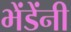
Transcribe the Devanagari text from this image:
भेंडेंनी